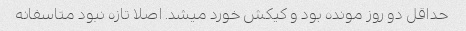
حداقل دو روز مونده بود و کیکش خورد میشد. اصلا تازه نبود متاسفانه